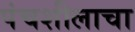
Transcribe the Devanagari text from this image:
पंचशीलाचा